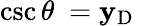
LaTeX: \csc\theta\ =\mathbf{y}_{\mathrm{{D}}}\quad